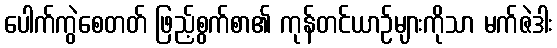
ပေါက်ကွဲစေတတ် ဖြည့်စွက်စာ၏ ကုန်တင်ယာဉ်များကိုသာ မက်ဇဲဒါး